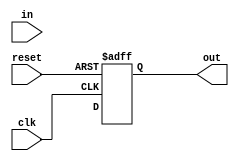
module df (input wire clk, input [15:0] in, output reg [15:0] out,input reset);
  reg [15:0] df_out;
  always@(posedge clk or posedge reset) begin 
  if(reset) 
    begin 
      out<=16'd0; 
    end
  else 
    begin
      out<=df_out;
    end
  end 
endmodule